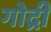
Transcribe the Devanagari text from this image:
गोद्री